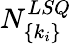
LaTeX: N_{\{ k_{i}\} }^{LSQ}